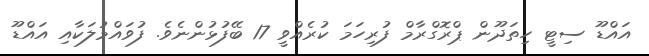
އައްޑޫ ސިޓީ ހިތަދޫން ޕްރޮގްރާމް ފުރިހަމަ ކުރެއްވީ 17 ބޭފުޅުންނެވެ. ފުވައްމުލަކާއި އައްޑޫ